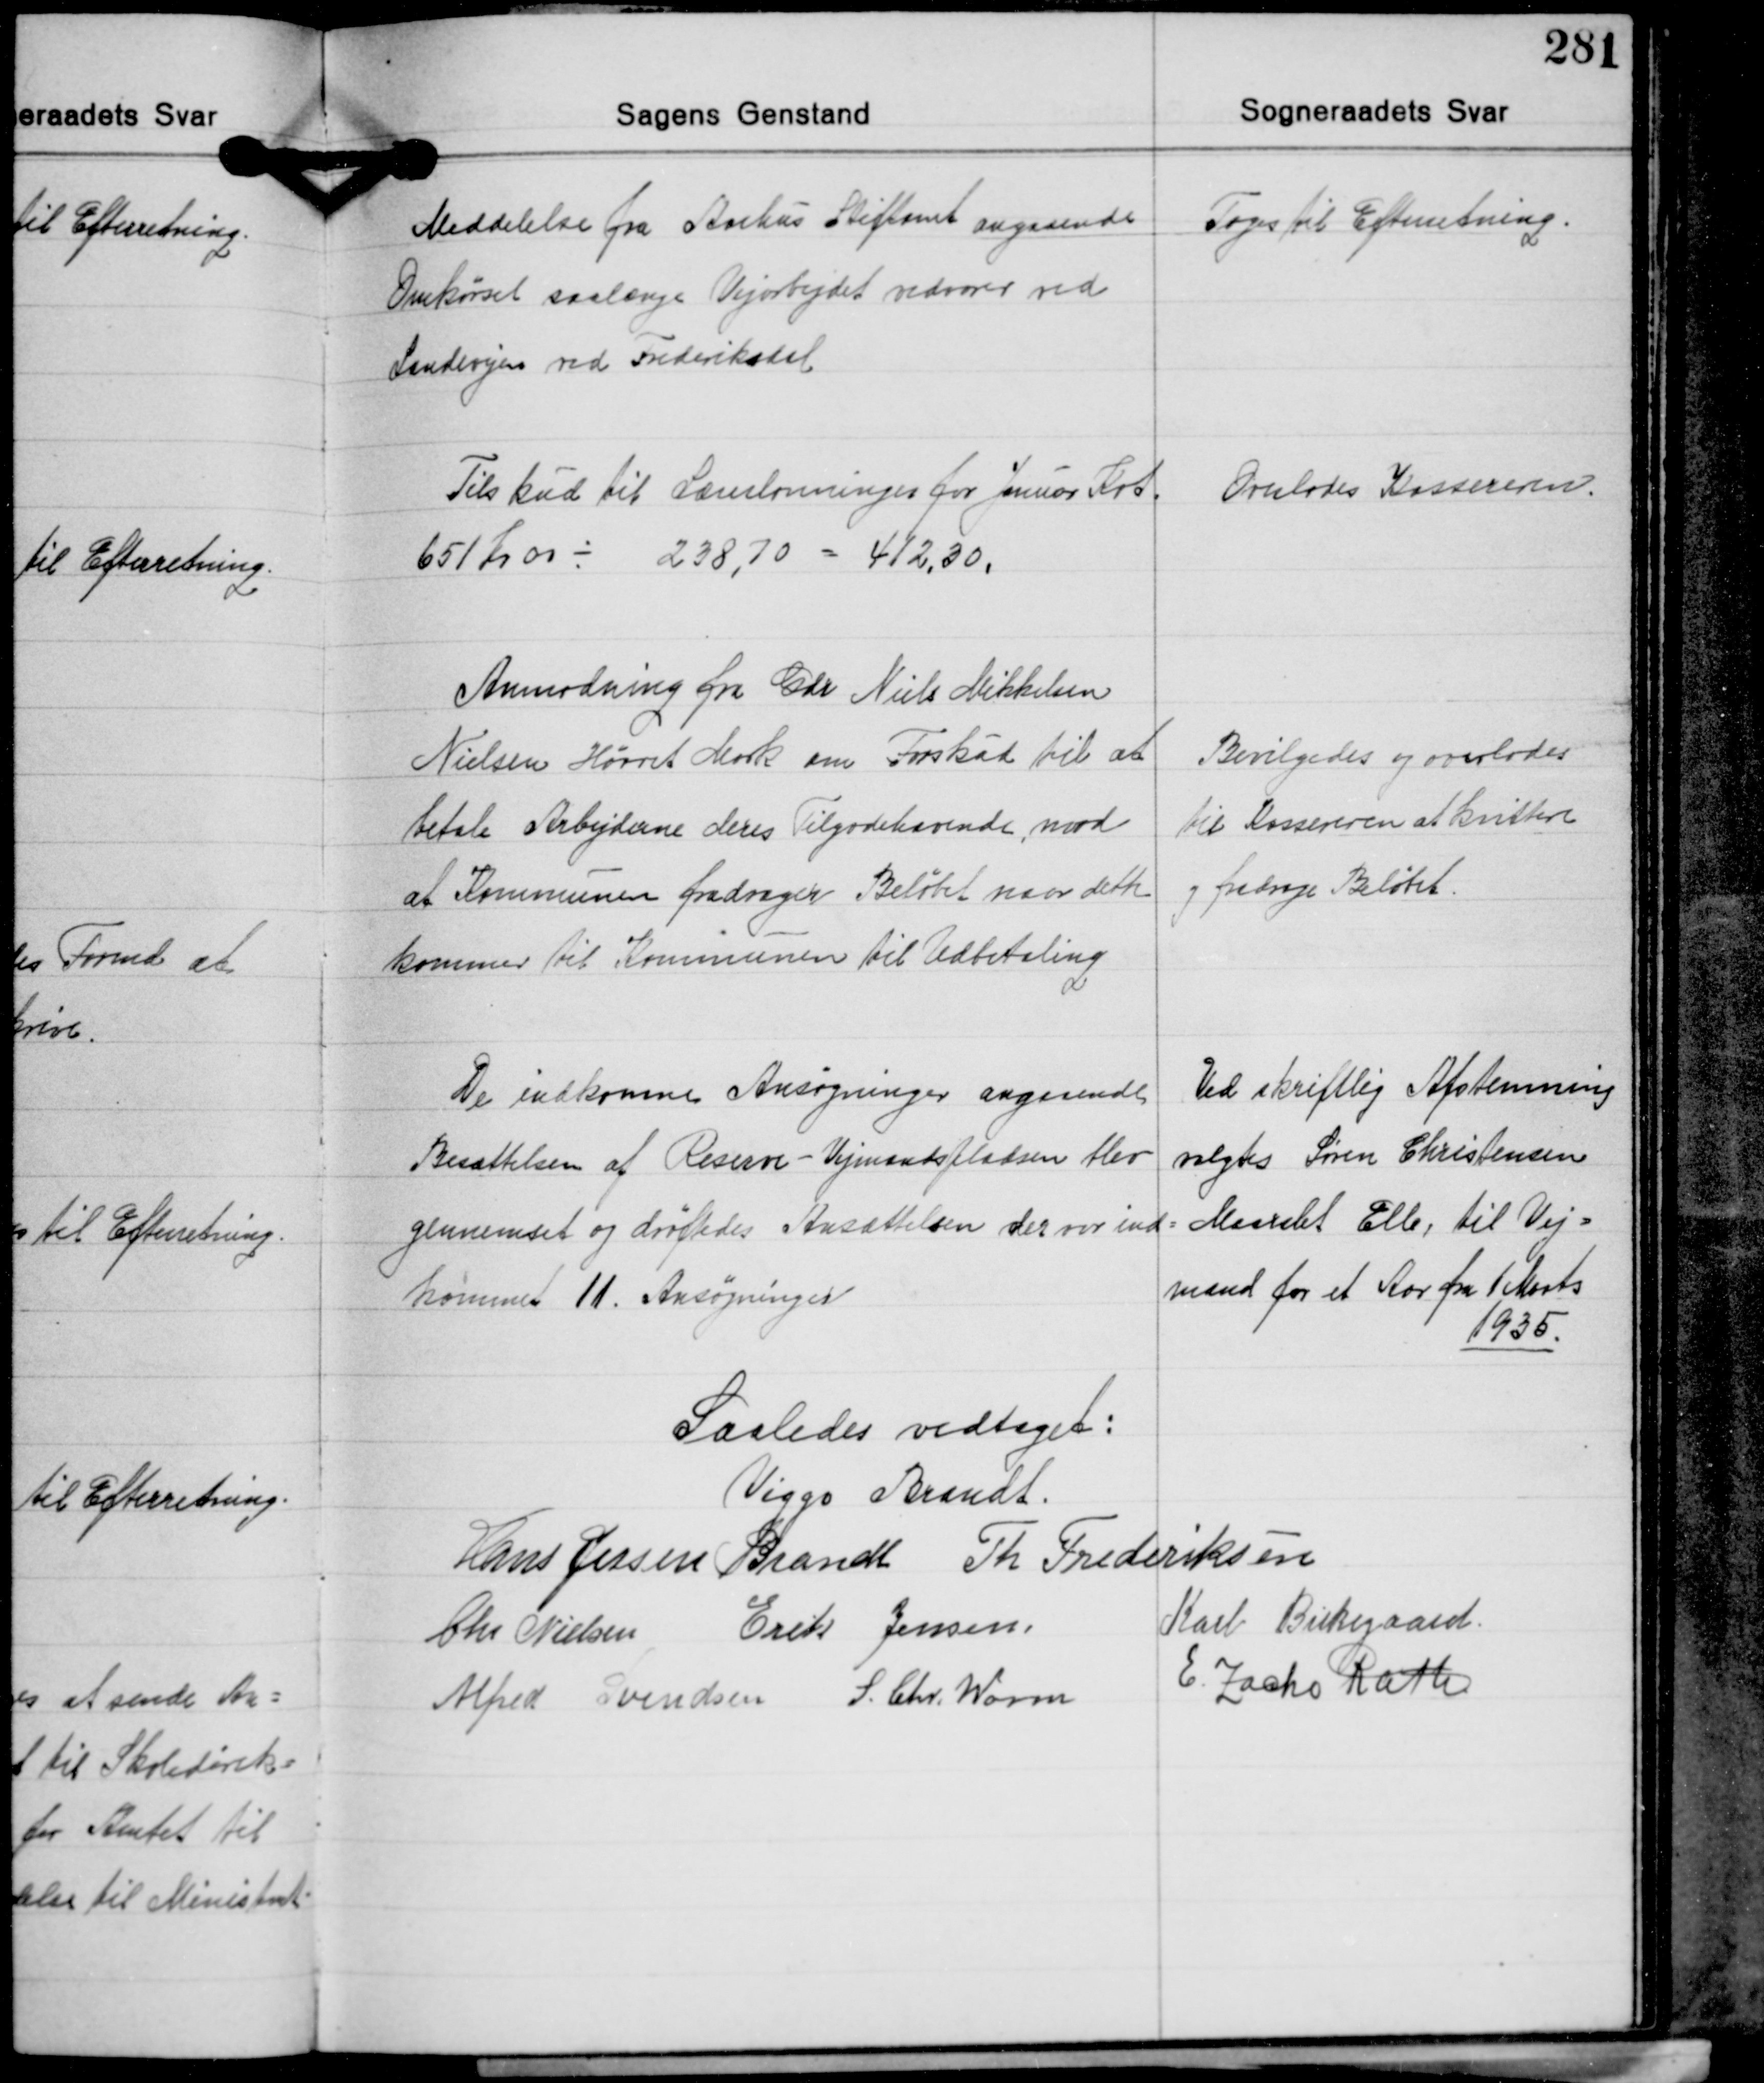
Transskription:
Meddelelse fra Aarhus Stiftamt angaaende
Omkørsel saalænge Vejarbejdet vedvarer ved
Landevejen ved Frederiksdal

Toges til Efterretning.

Tilskud til Lærerlønninger for Januar Kvt.
651 Kr. 00 ÷ 238,70 = 412,30.

Overlodes Kassereren.

Anmodning fra Gdr. Niels Mikkelsen
Nielsen Hørret Mark om Forskud til at
betale Arbejderne deres Tilgodehavende mod
at Kommunen fradrager Beløbet naar dette
kommer til Kommunen til Udbetaling

Bevilgedes og overlodes
til Kassereren at kvittere
og fradrage Beløbet.

Ved skriftlig Afstemning
valgtes Søren Christensen
Maarslet Elle, til Vej-
mand for et Aar fra 1 Marts
1935.

De indkomne Ansøgninger angaaende
Besættelsen af Reserve-Vejmandspladsen blev
gennemset og drøftedes Ansættelsen der var ind-
kommet 11. Ansøgninger

Saaledes vedtaget:
Viggo Brandt
Hans Jessen Brandt Th. Frederiksen
Chr. Nielsen Erik Jensen Karl Birkegaard
E. Zacho Rath
Alfred Svendsen S. Chr. Worm